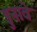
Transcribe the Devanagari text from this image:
डुनावे